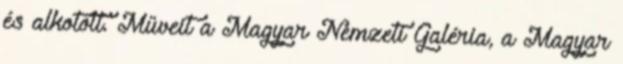
és alkotott. Műveit a Magyar Nemzeti Galéria, a Magyar